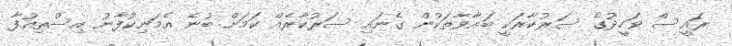
ރައީސް ވަހީދުގެ ސަރުކާރަކީ ބަޣާވާތަކުން ގެނައި ސަރުކާރެއް ކަމަށް ބުނެ އެމަނިކުފާނު އިސްތިއުފާ